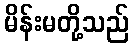
မိန်းမတို့သည်